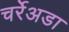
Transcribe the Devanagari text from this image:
चर्रेअडा